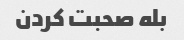
بله صحبت کردن